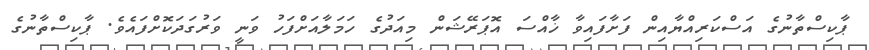
ޕާކިސްތާނުގެ އަސްކަރިއްޔާއިން ފަށާފައިވާ ޚާއްސަ އޮޕަރޭޝަން މިއަދުގެ ހަމަލާއަށްފަހު ވަނީ ވަރުގަދަކޮށްފައެވެ. ޕާކިސްތާނުގެ